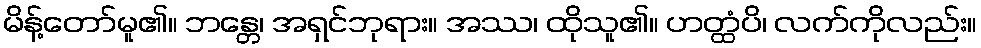
မိန့်တော်မူ၏။ ဘန္တေ၊ အရှင်ဘုရား။ အဿ၊ ထိုသူ၏။ ဟတ္ထံပိ၊ လက်ကိုလည်း။